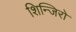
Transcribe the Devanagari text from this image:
शिन्जिरो